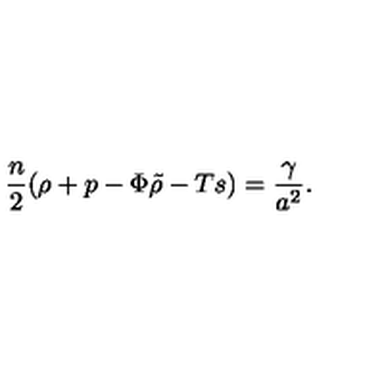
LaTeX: { \frac { n } { 2 } } ( \rho + p - { \Phi \tilde { \rho } } - T s ) = { \frac { \gamma } { a ^ { 2 } } } .